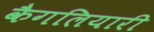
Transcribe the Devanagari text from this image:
कैगलियारी